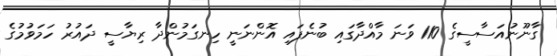
ގާނޫނުއަސާސީގެ 110 ވަނަ މާއްދާގައި ބުނެފައި އޮންނަނީ ހިނގަމުންދާ ރިޔާސީ ދައުރު ހަމަވުމުގެ